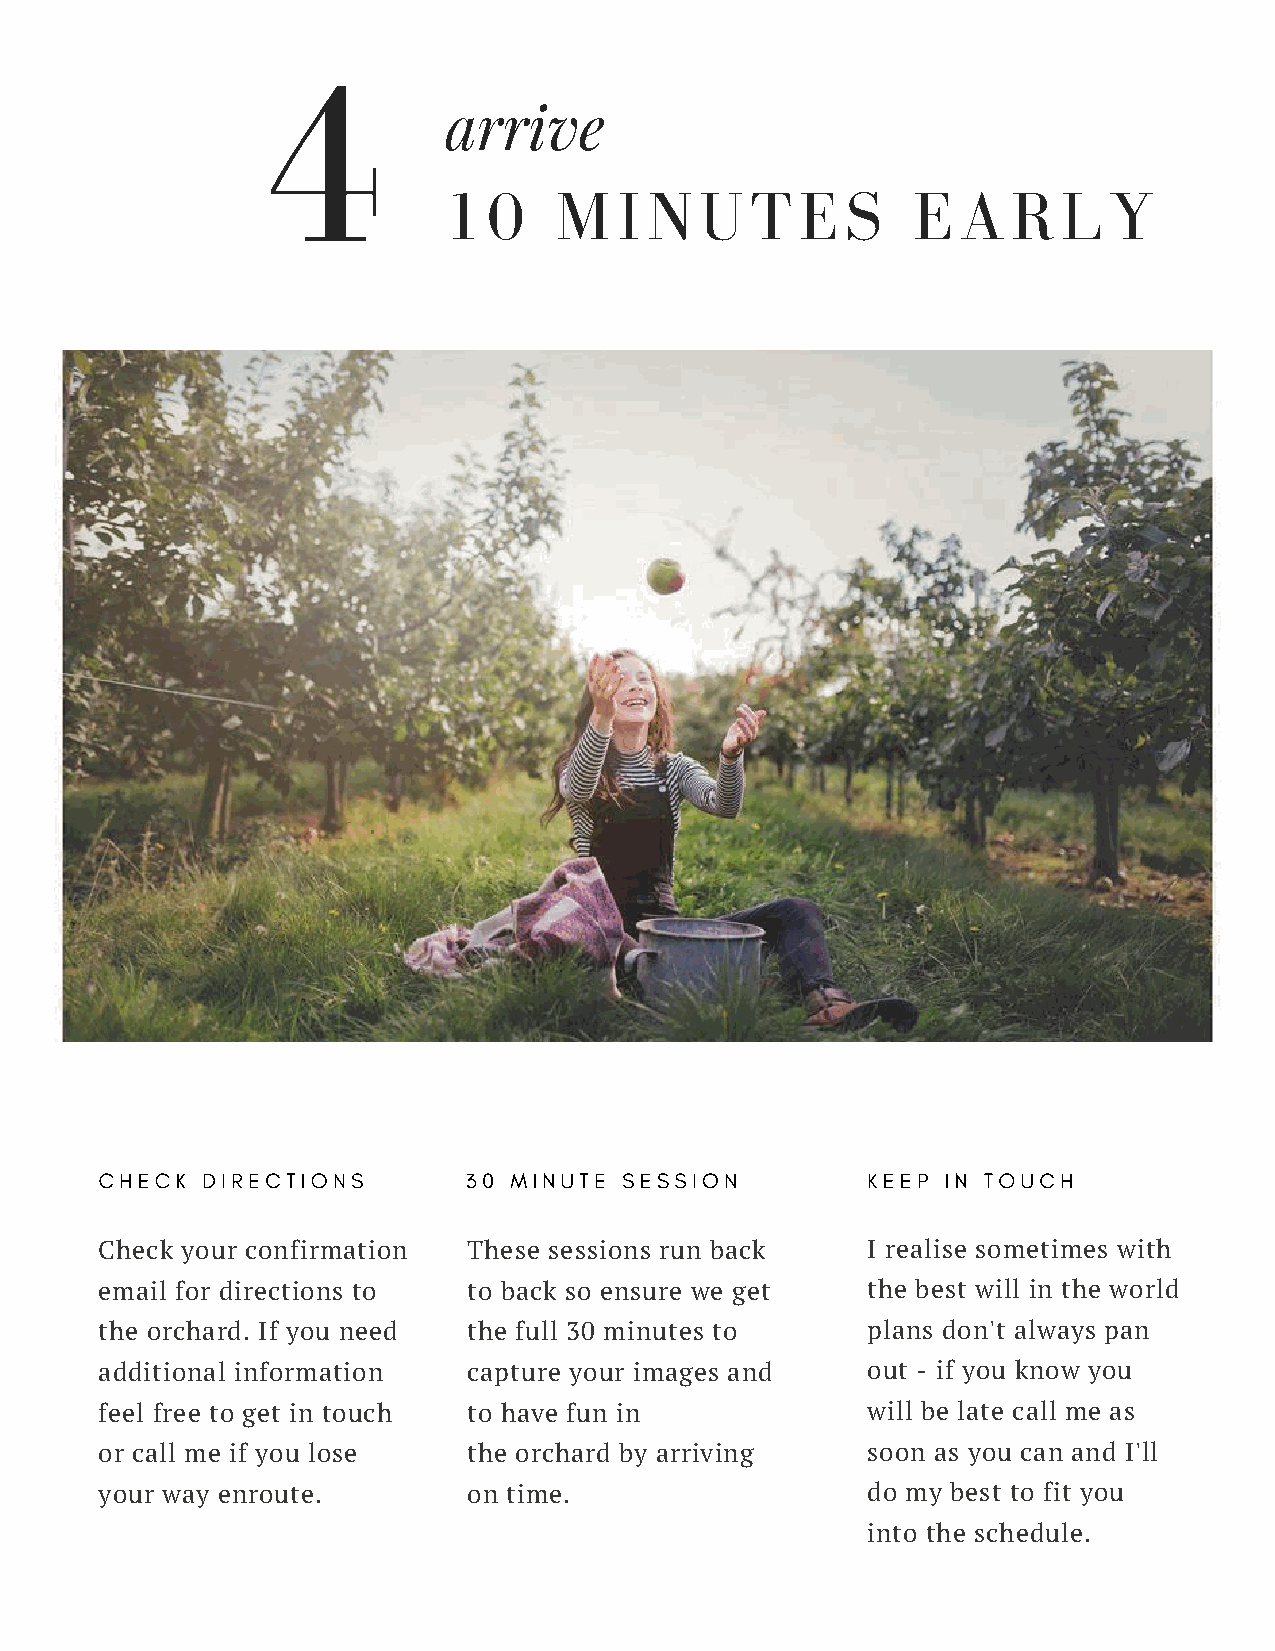
4
 arrive
 10      MINUTES                EARLY
 CHECK DIRECTIONS        30 MINUTE SESSION         KEEP  IN TOUCH
 Check your confirmation These sessions run back   I realise sometimes with
 email for directions to to back so ensure we get  the best will in the world
 the orchard. If you need the full 30 minutes to   plans don't always pan
 additional information  capture your images and   out - if you know you
 feel free to get in touch to have fun in          will be late call me as
 or call me if you lose  the orchard by arriving   soon as you can and I'll
 your way enroute.       on time.                  do my best to fit you
 into the schedule.